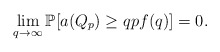
\begin{align*} \lim_{q \rightarrow \infty} \mathbb P [a(Q_p) \geq qpf(q)]= 0. \end{align*}